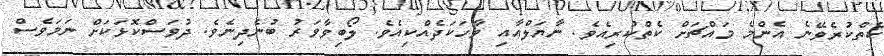
ކެތްކުރެވޭނެ އެންމެ މައްޗަށް ކެތްކުރިއެވެ. ނާޔަލްއާއި ވާހަކަދެއްކިއެވެ. ލޯބިވާވަރު ބުނެދިނެވެ. ދުވަސްކޮޅަކަށް ނަމަވެސް